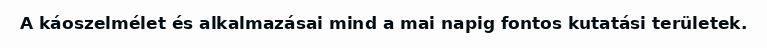
A káoszelmélet és alkalmazásai mind a mai napig fontos kutatási területek.